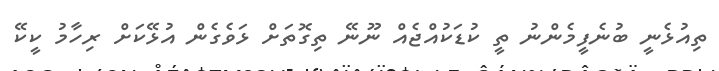
ތިއުޅެނީ ބުނެފީމެންނު ތީ ކުޑަކުއްޖެއް ނޫނޭ ތިގޮތަށް ޅަވެގެން އުޅޭކަށް ރިހާމު ކީކޭ